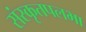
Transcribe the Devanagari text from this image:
संस्कृतपलभा